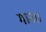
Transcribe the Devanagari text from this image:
मान।।